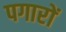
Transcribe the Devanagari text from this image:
पगारों